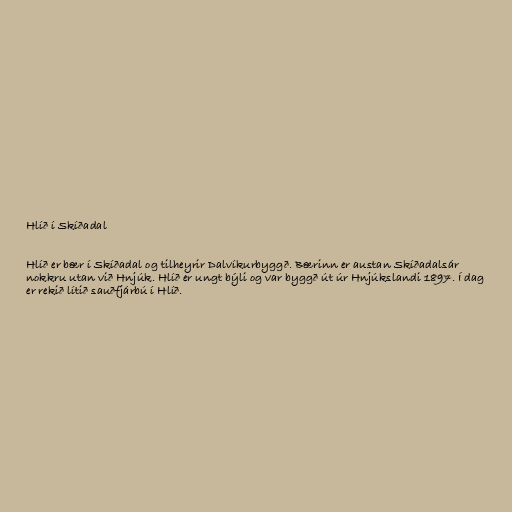
Hlíð í Skíðadal

Hlíð er bær í Skíðadal og tilheyrir Dalvíkurbyggð. Bærinn er austan Skíðadalsár
nokkru utan við Hnjúk. Hlíð er ungt býli og var byggð út úr Hnjúkslandi 1897. Í dag
er rekið lítið sauðfjárbú í Hlíð.